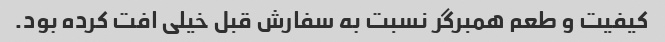
کیفیت و طعم همبرگر نسبت به سفارش قبل خیلی افت کرده بود.